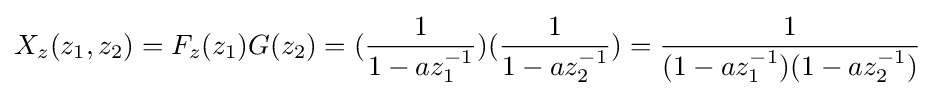
X_{z}(z_{1},z_{2})=F_{z}(z_{1})G(z_{2})=({\frac {1}{1-az_{1}^{-1}}})({\frac {1}{1-az_{2}^{-1}}})={\frac {1}{(1-az_{1}^{-1})(1-az_{2}^{-1})}}